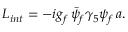
{ \cal L } _ { i n t } = - i g _ { f } \, \bar { \psi } _ { f } \gamma _ { 5 } \psi _ { f } \, a .